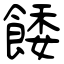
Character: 餧